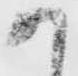
か